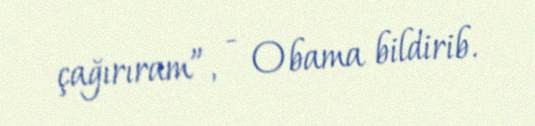
çağırıram”, - Obama bildirib.